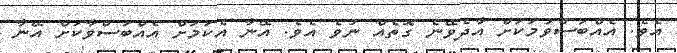
އެވެ. އެއްބަސްވުމަކަށް އާދެވޭނެ ގޮތެއް ނުވެ އެވެ. އޭނާ އެކަމަށް އެއްބަސްވާކަށް އޭނާ